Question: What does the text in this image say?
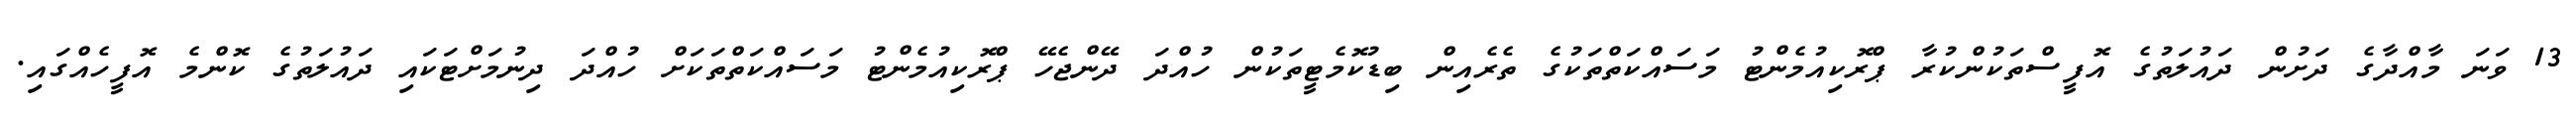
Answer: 13 ވަނަ މާއްދާގެ ދަށުން ދައުލަތުގެ އޮފީސްތަކުންކުރާ ޕްރޮކިއުމެންޓު މަސައްކަތްތަކުގެ ތެރެއިން ބިޑުކޮމެޓީތަކުން ހުއްދަ ދޭންޖެހޭ ޕްރޮކިއުމެންޓު މަސައްކަތްތަކަށް ހުއްދަ ދިނުމަށްޓަކައި ދައުލަތުގެ ކޮންމެ އޮފީހެއްގައި.